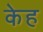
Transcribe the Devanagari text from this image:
केह